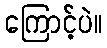
ကြောင့်ပဲ။